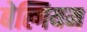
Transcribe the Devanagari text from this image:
बेल्गियम